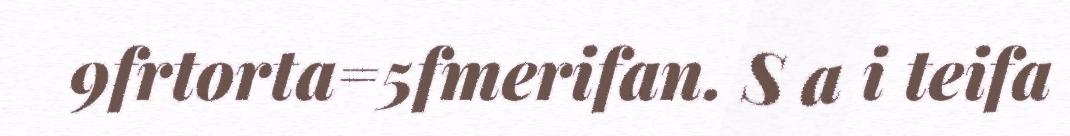
9frtorta=5fmerifan. S a i teifa